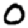
Digit: 0